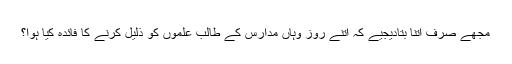
مجھے صرف اتنا بتادیجیے کہ اتنے روز وہاں مدارس کے طالب علموں کو ذلیل کرنے کا فائدہ کیا ہوا؟